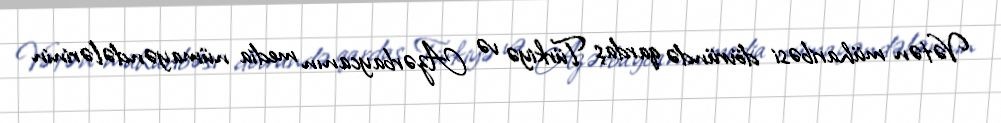
Vətən müharibəsi dövründə qardaş Türkiyə və Azərbaycanın media nümayəndələrinin